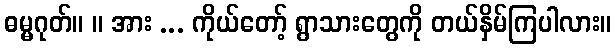
ဓမ္မဂုတ်။ ။ အား ... ကိုယ်တော့် ရွာသားတွေကို တယ်နှိမ်ကြပါလား။